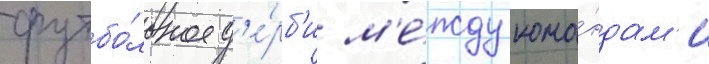
футбо́льное д'е́рб'и м'е́жду кома́ндам'и